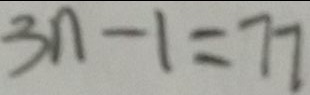
3 n - 1 = 7 7